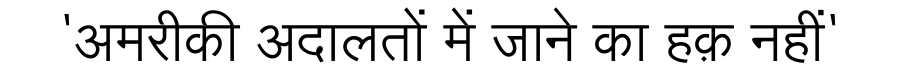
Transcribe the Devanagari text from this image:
'अमरीकी अदालतों में जाने का हक़ नहीं'